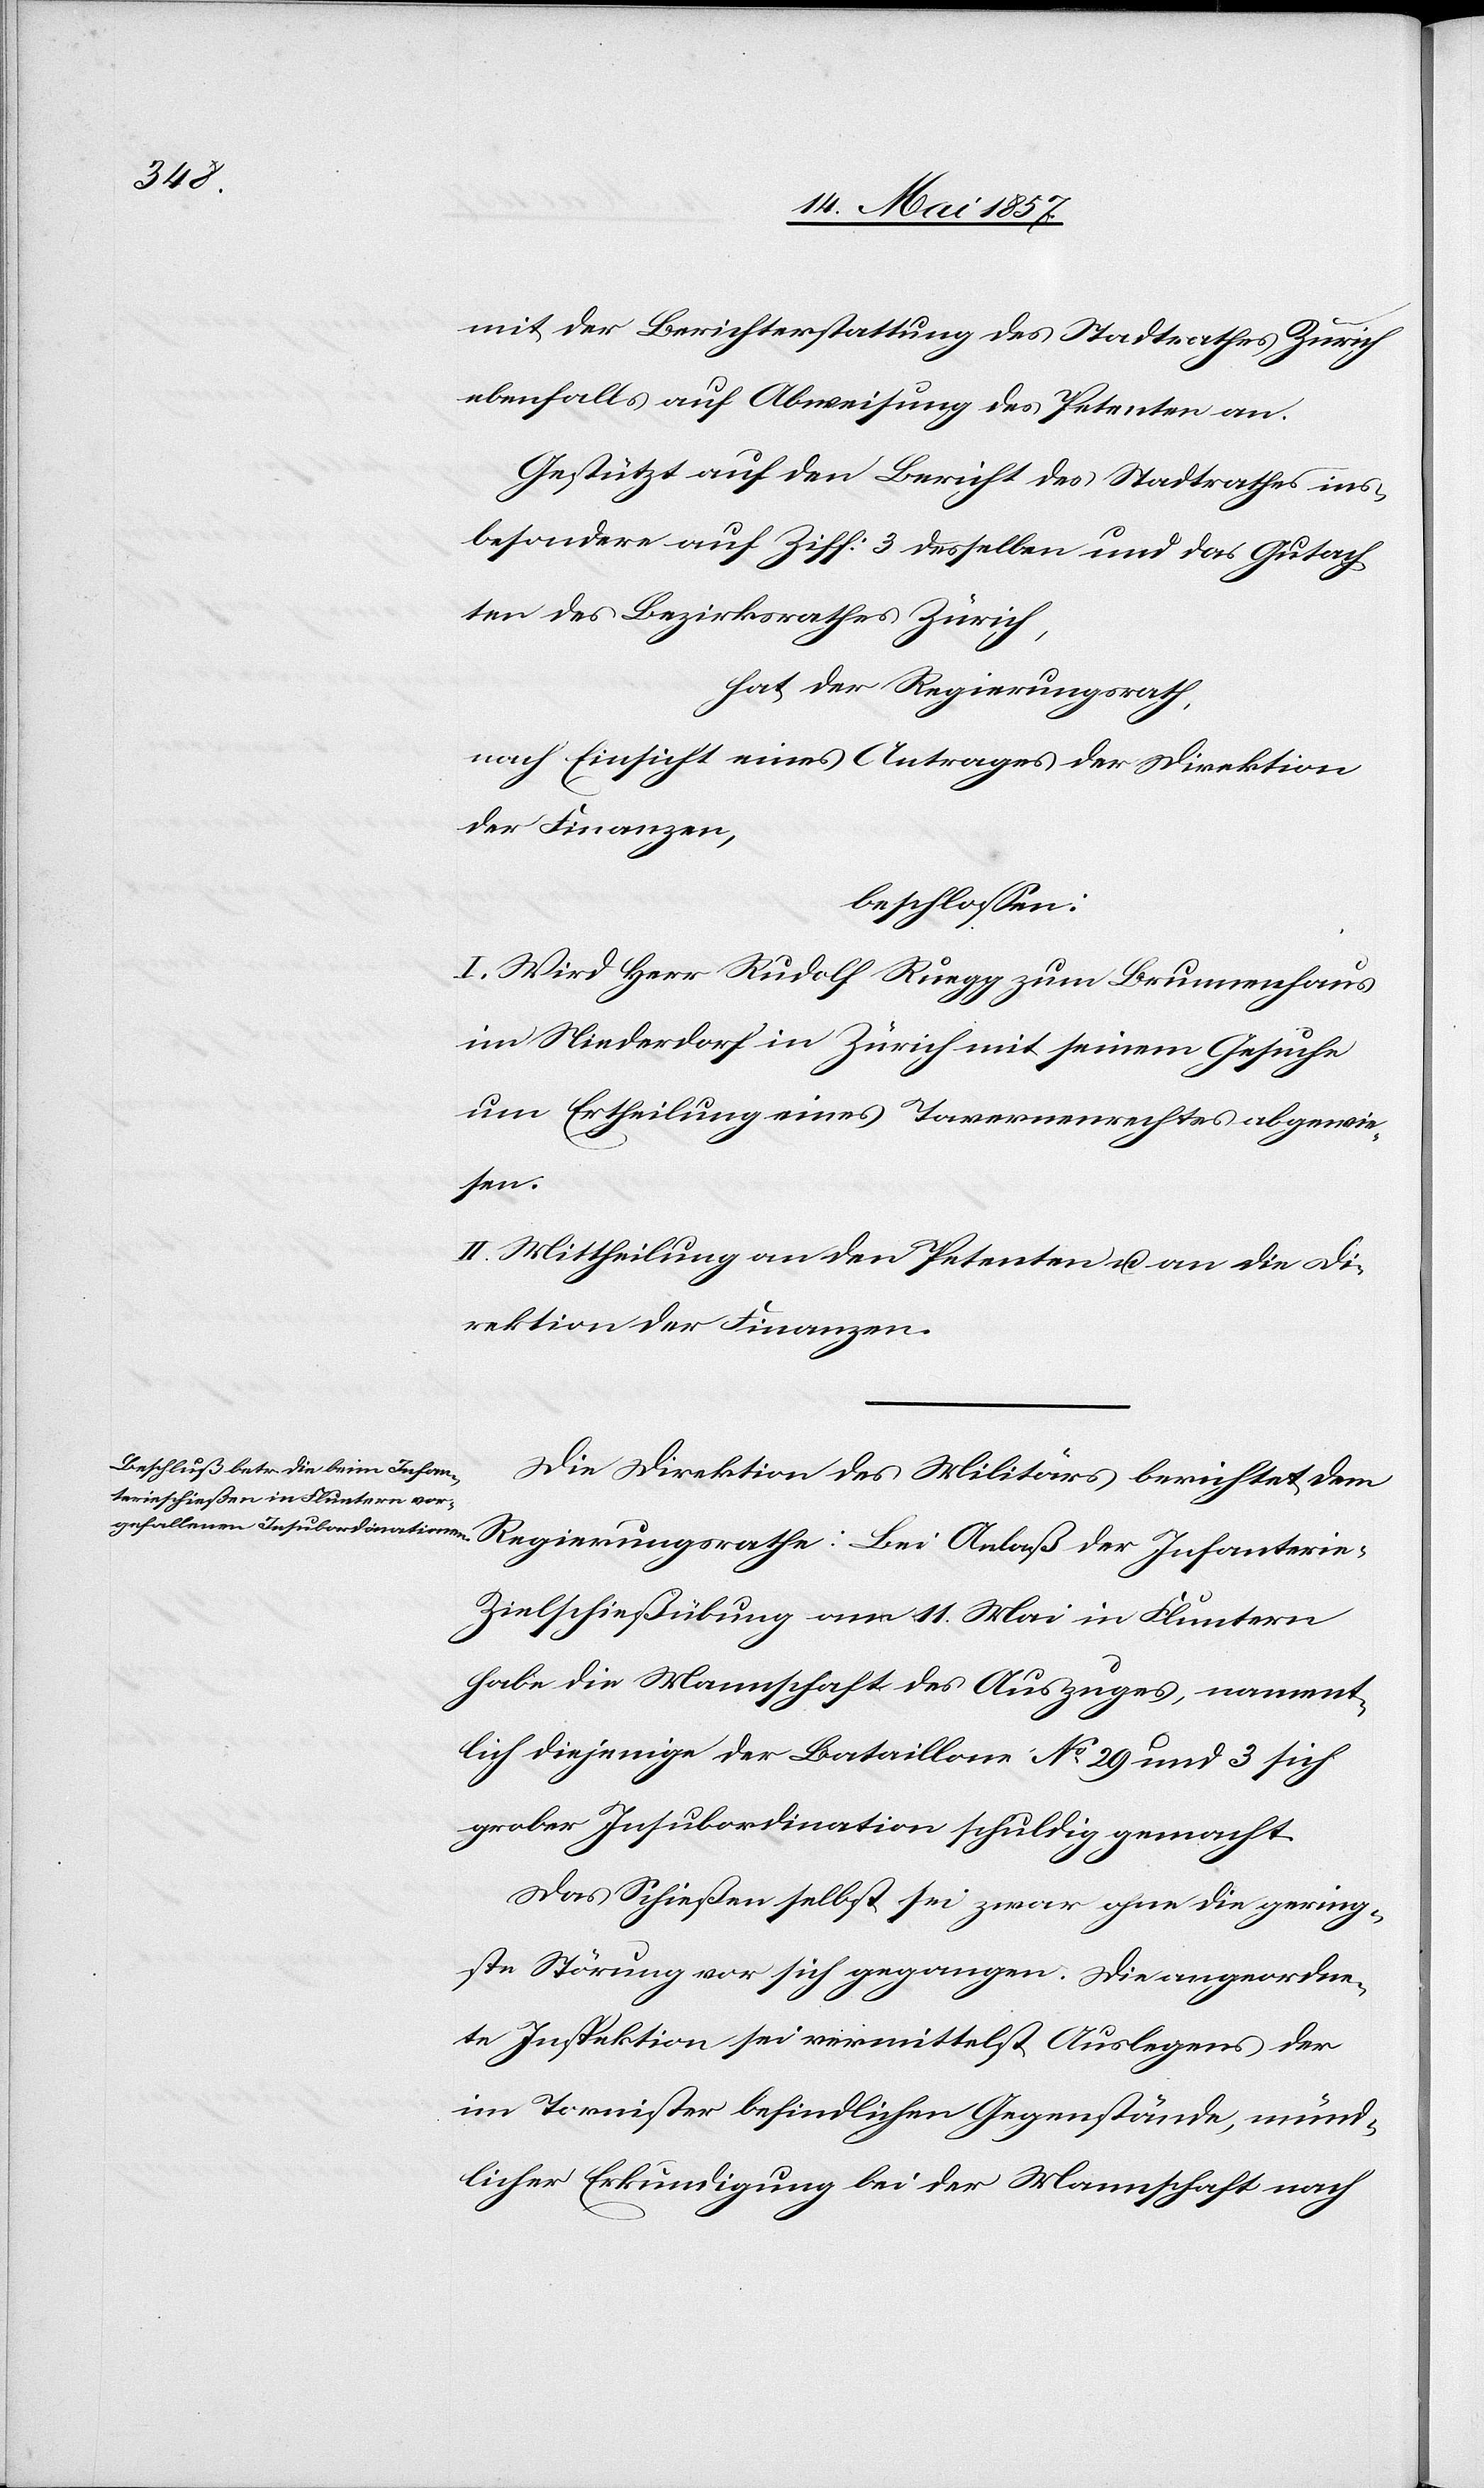
terie-Z¬

mit der Berichterstattung des Stadtrathes Zürich
ebenfalls auf Abweisung des Petenten an.
Gestützt auf den Bericht des Stadtrathes ins¬
besondere auf Ziff. 3 desselben und das Gutach¬
ten des Bezirksrathes Zürich,
hat der Regierungsrath,
nach Einsicht eines Antrages der Direktion
der Finanzen,
beschlossen:
I. Wird Herr Rudolf Ruegg zum Brunnenhaus
im Niederdorf in Zürich mit seinem Gesuche
um Ertheilung eines Tavernenrechtes abgewie¬
Infan¬
II. Mittheilung an den Petenten & an die Di¬
rektion der Finanzen.
Die Direktion des Militärs berichtet dem
ielschießübung vom 11 Mai in Fluntern
habe die Mannschaft des Auszuges, nament¬
lich diejenige der Bataillone No 29 und 3 sich
grober Insubordination schuldig gemacht.
Das Schießen selbst sei zwar ohne die gering¬
ste Störung vor sich gegangen. Die angeordne¬
te Inspektion sei vermittelst Auslegens der
im Tornister befindlichen Gegenstände, münd¬
licher Erkundigung bei der Mannschaft nach